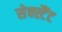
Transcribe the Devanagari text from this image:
सेक्स्टैंट